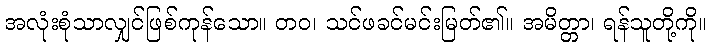
အလုံးစုံသာလျှင်ဖြစ်ကုန်သော။ တဝ၊ သင်ဖခင်မင်းမြတ်၏။ အမိတ္တာ၊ ရန်သူတို့ကို။